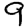
Digit: 9